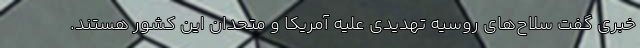
خبری گفت سلاح‌های روسیه تهدیدی علیه آمریکا و متحدان این کشور هستند.